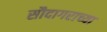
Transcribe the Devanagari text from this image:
सौदागराच्या